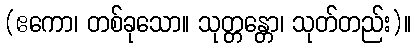
(ဧကော၊ တစ်ခုသော။ သုတ္တန္တော၊ သုတ်တည်း)။